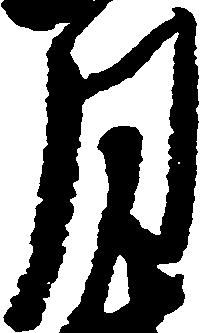
月